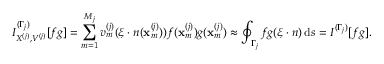
I _ { X ^ { ( j ) } , V ^ { ( j ) } } ^ { ( \Gamma _ { j } ) } [ f g ] = \sum _ { m = 1 } ^ { M _ { j } } v _ { m } ^ { ( j ) } ( \boldsymbol { \xi } \cdot \boldsymbol { n } ( \mathbf { x } _ { m } ^ { ( j ) } ) ) f ( \mathbf { x } _ { m } ^ { ( j ) } ) g ( \mathbf { x } _ { m } ^ { ( j ) } ) \approx \oint _ { \Gamma _ { j } } f g ( \boldsymbol { \xi } \cdot \boldsymbol { n } ) \, \mathrm { d } s = I ^ { ( \Gamma _ { j } ) } [ f g ] .